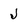
Character: j